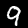
Label: 9